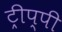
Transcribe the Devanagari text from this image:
ट्रीप्पी